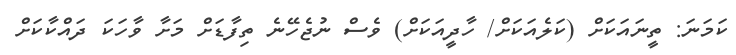
ކަމަނަ: ތީނައަކަށް (ކަލެއަކަށް/ ހާދީއަކަށް) ވެސް ނުޖެހޭނެ ތިފާޑަށް މަށާ ވާހަކަ ދައްކާކަށް